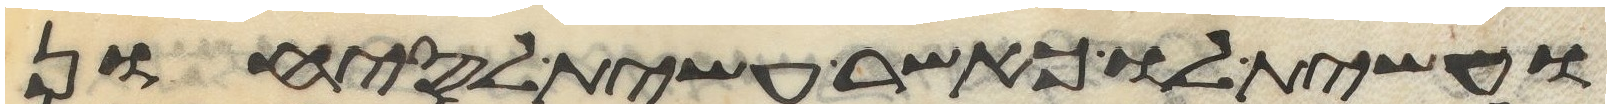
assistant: ועשית לו כאשר עשית לסיחון